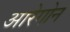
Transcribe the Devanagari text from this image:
आरेगोन